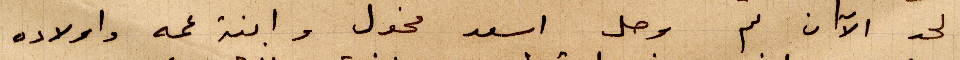
لحد الآن لم وصل اسعد مخول وابنة عمه وأولاده